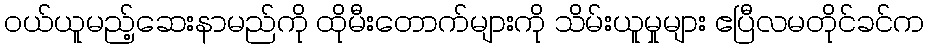
ဝယ်ယူမည့်ဆေးနာမည်ကို ထိုမီးတောက်များကို သိမ်းယူမှုများ ဧပြီလမတိုင်ခင်က